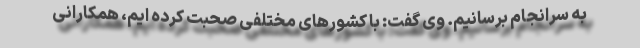
به سرانجام برسانیم. وی گفت: با کشورهای مختلفی صحبت کرده ایم، همکارانی